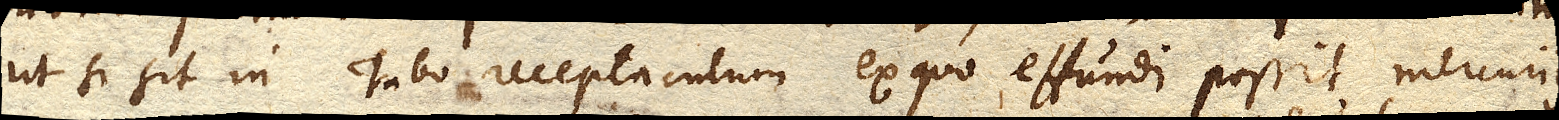
ut si sit in Tubo receptaculum ex quo effundi possit Mercurius